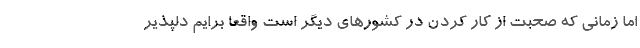
اما زمانی که صحبت از کار کردن در کشورهای دیگر است واقعا برایم دلپذیر